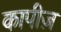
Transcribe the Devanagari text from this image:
कापीज़